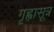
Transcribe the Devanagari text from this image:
गृह्वासूत्र